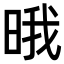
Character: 𣇕